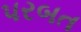
પરબત